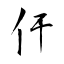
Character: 仠